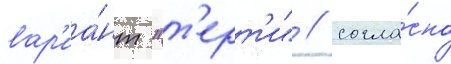
вар'иа́нт "т'ерт'и" / согла́сно